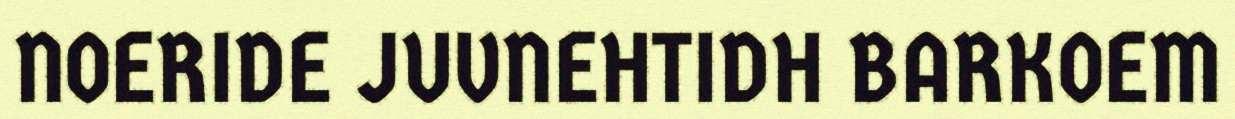
NOERIDE JUVNEHTIDH BARKOEM